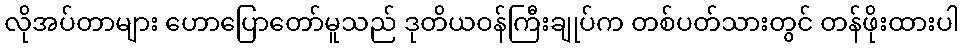
လိုအပ်တာများ ဟောပြောတော်မူသည် ဒုတိယဝန်ကြီးချုပ်က တစ်ပတ်သားတွင် တန်ဖိုးထားပါ